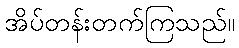
အိပ်တန်းတက်ကြသည်။